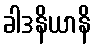
ခါဒနိယာနိ